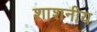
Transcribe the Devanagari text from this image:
शाशनीय